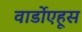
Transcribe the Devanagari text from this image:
वार्डोएहूस